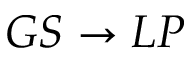
G S \rightarrow L P